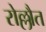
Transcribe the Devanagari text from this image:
रोल्लौत